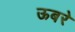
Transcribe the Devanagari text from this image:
ऊबरे